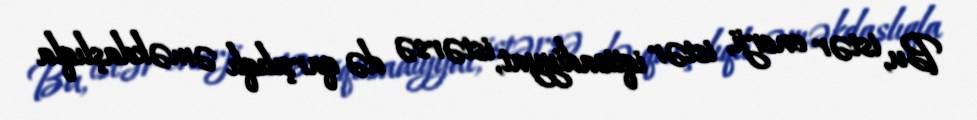
Bu, istər enerji, istər iqtisadiyyat, istərsə də qarşılıqlı əməkdaşlıqla